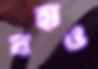
বহাও